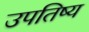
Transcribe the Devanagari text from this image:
उपतिष्य